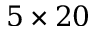
5 \times 2 0